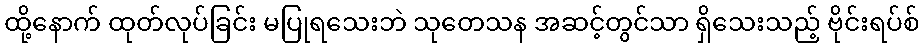
ထို့နောက် ထုတ်လုပ်ခြင်း မပြုရသေးဘဲ သုတေသန အဆင့်တွင်သာ ရှိသေးသည့် ဗိုင်းရပ်စ်